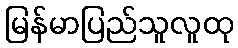
မြန်မာပြည်သူလူထု